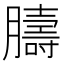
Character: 𦡴